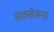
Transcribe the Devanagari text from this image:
सक्सेरूस